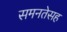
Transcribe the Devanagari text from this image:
समनतेसह